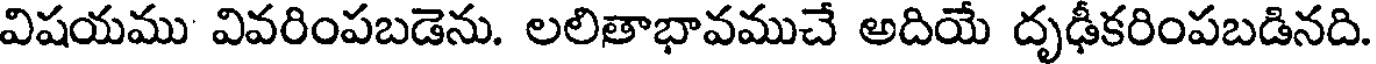
విషయము వివరింపబడెను. లలితాభావముచే అదియే దృఢీకరింపబడినది